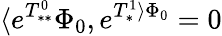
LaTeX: \langle e^{T_{**}^{0}}\Phi_{0},e^{T_{*}^{1}\rangle\Phi_{0}}=0